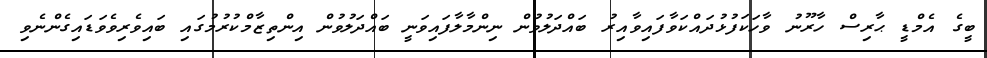
ބީގެ އެމްޑީ ޙާރިސް ހާރޫނު ވާހަކަފުޅުދައްކަވާފައިވާއިރު ބައްދަލުވުން ނިންމާލާފައިވަނީ ބައްދަލުވުން އިންތިޒާމްކުރުމުގައި ބައިވެރިވެވަޑައިގެންނެވި